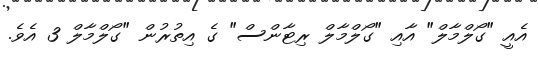
އެއީ "ގޯލްމާލް" އާއި "ގޯލްމާލް ރިޓާންސް" ގެ އިތުރުން "ގޯލްމާލް 3 އެވެ.